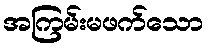
အကြမ်းမဖက်သော